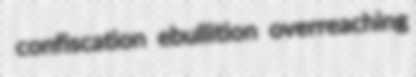
confiscation ebullition overreaching